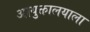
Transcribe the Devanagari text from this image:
आयुक्तालयाला